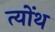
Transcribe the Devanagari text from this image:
त्योंथ